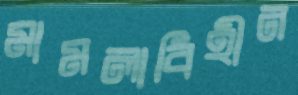
মামলাবিহীন